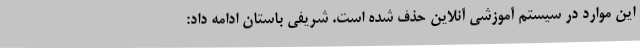
این موارد در سیستم آموزشی آنلاین حذف شده است. شریفی باستان ادامه داد: